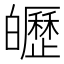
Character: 㿨